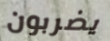
يضربون